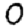
Digit: 0